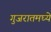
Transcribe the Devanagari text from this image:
गुजरातमघ्ये